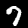
Digit: 7